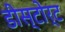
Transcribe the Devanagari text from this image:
डीस्टोर्ट